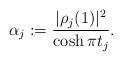
LaTeX: \begin{align*}\alpha_{j}:=\frac{|\rho_{j}(1)|^2}{\cosh{\pi t_j}}.\end{align*}